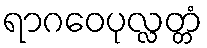
ရာဂဝေပုလ္လတ္တံ